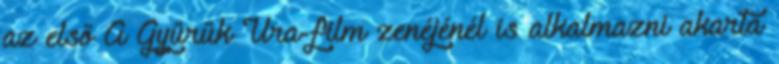
az első A Gyűrűk Ura-film zenéjénél is alkalmazni akarta